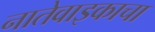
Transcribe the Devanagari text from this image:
नातेवाइकाचा